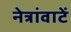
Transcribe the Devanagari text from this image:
नेत्रांवाटें